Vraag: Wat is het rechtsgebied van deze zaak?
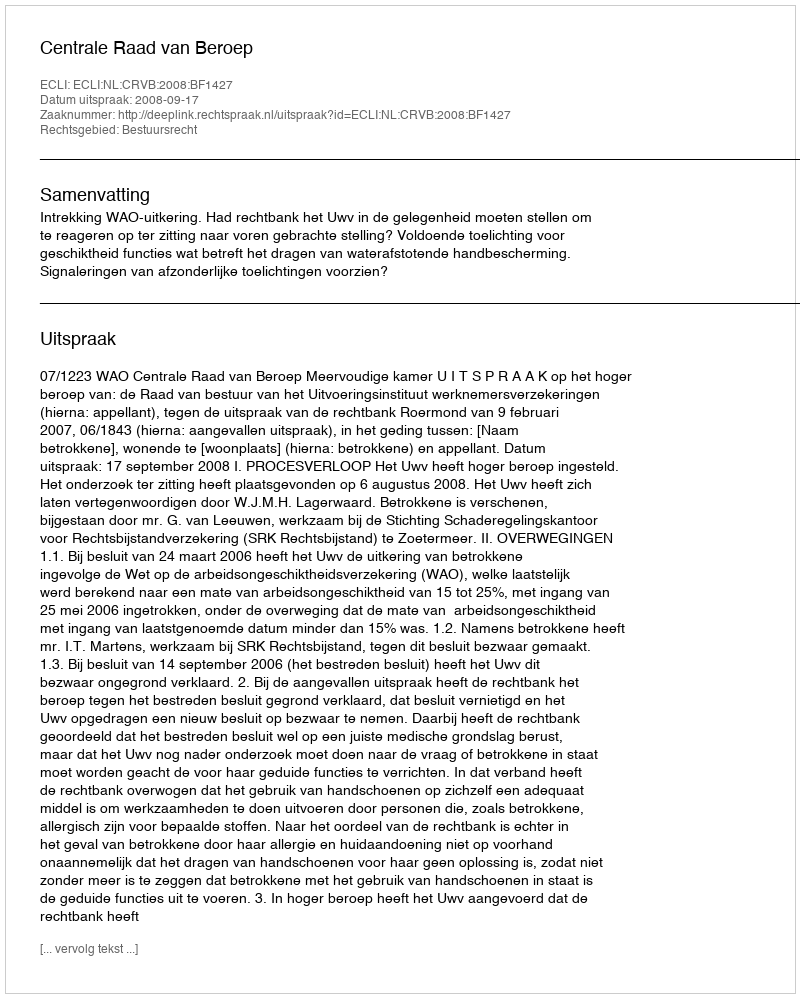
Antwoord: Bestuursrecht